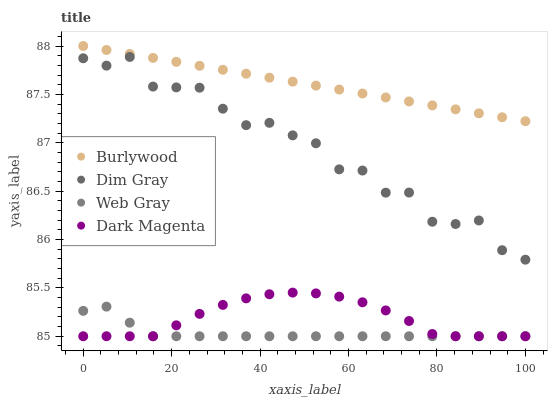
| xaxis_label | Burlywood | Dim Gray | Web Gray | Dark Magenta |
 | --- | --- | --- | --- | --- |
 | 0 | 88 | 87.9 | 85.3 | 85 |
 | 5.26 | 88 | 87.8 | 85.3 | 85 |
 | 10.5 | 87.9 | 87.9 | 85.1 | 85 |
 | 15.8 | 87.9 | 87.6 | 85 | 85 |
 | 21.1 | 87.8 | 87.6 | 85 | 85.1 |
 | 26.3 | 87.8 | 87.6 | 85 | 85.2 |
 | 31.6 | 87.8 | 87.4 | 85 | 85.3 |
 | 36.8 | 87.7 | 87.2 | 85 | 85.4 |
 | 42.1 | 87.7 | 87.2 | 85 | 85.4 |
 | 47.4 | 87.6 | 87.1 | 85 | 85.5 |
 | 52.6 | 87.6 | 87 | 85 | 85.4 |
 | 57.9 | 87.5 | 86.7 | 85 | 85.4 |
 | 63.2 | 87.5 | 86.7 | 85 | 85.4 |
 | 68.4 | 87.5 | 86.5 | 85 | 85.3 |
 | 73.7 | 87.4 | 86.5 | 85 | 85.2 |
 | 78.9 | 87.4 | 86.2 | 85 | 85 |
 | 84.2 | 87.3 | 86.2 | 85 | 85 |
 | 89.5 | 87.3 | 86.2 | 85 | 85 |
 | 94.7 | 87.3 | 85.9 | 85 | 85 |
 | 100 | 87.2 | 85.8 | 85 | 85 |